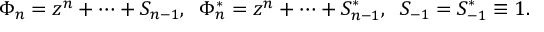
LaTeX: \Phi _ { n } = z ^ { n } + \cdots + S _ { n - 1 } , \; \; \Phi _ { n } ^ { * } = z ^ { n } + \cdots + S _ { n - 1 } ^ { * } , \; \; S _ { - 1 } = S _ { - 1 } ^ { * } \equiv 1 .